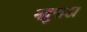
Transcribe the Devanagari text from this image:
मद्रुगाडा